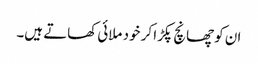
ان کو چھانچ پکڑا کر خود ملائی کھاتے ہیں۔